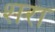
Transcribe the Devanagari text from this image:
शरा